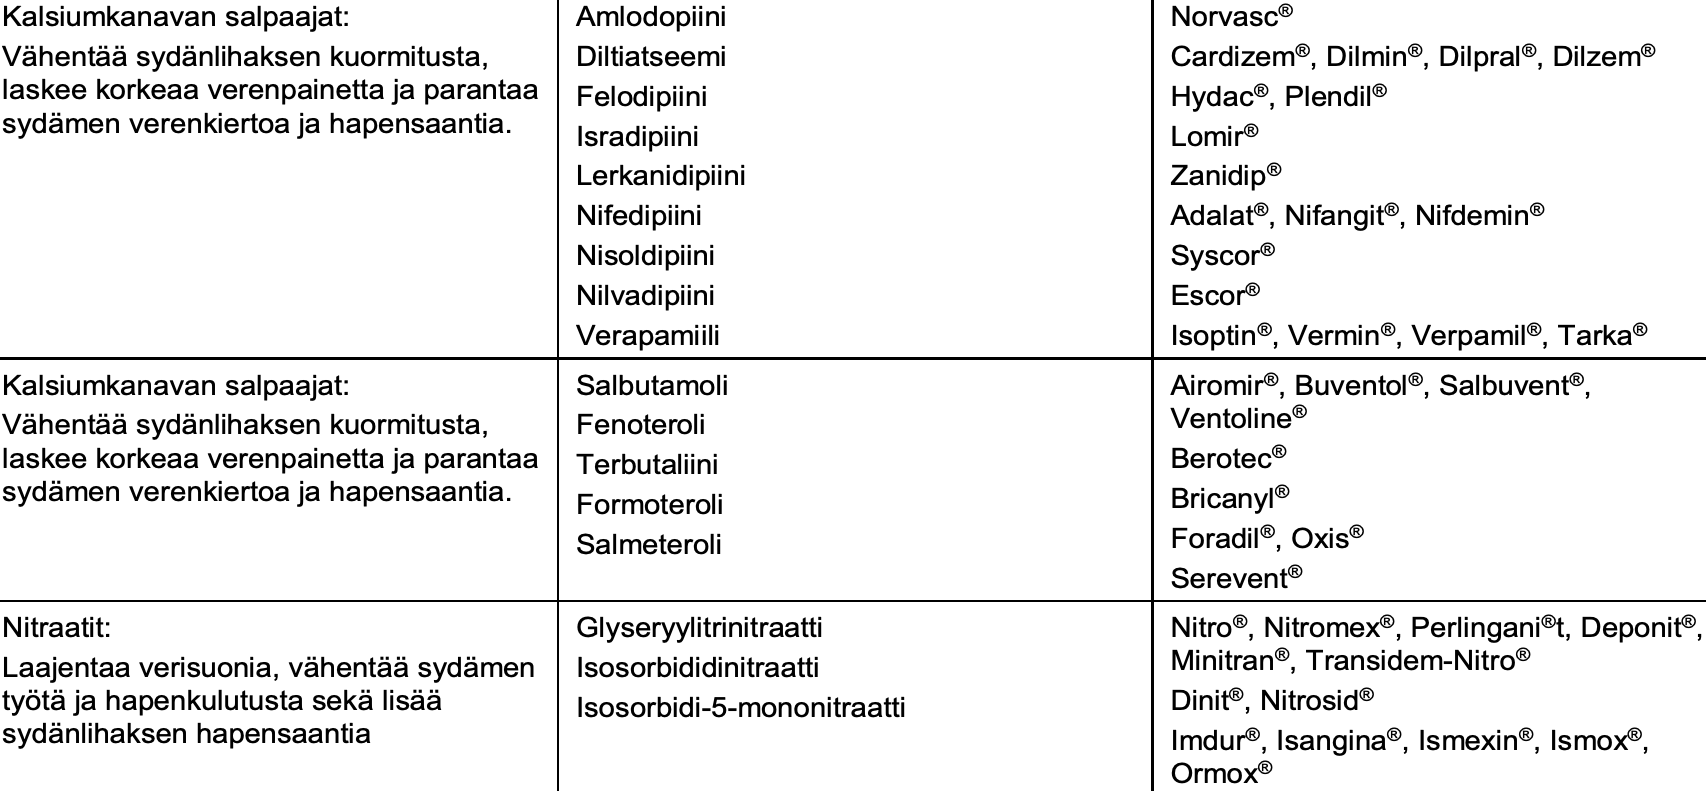
Kalsiumkanavan salpaajat: Amlodopiini  Norvasc® Vähentääsydänlihaksen kuormitusta, Diltiatseemi Cardizem®, Dilmin®, Dilpral®, Dilzem® laskee korkeaa verenpainetta ja parantaa Felodipiini Hydac®, Plendil® sydämen verenkiertoa ja hapensaantia. Isradipiini Lomir® Lerkanidipiini      Zanidip® Nifedipiini         Adalat®, Nifangit®, Nifdemin® Nisoldipiini        Syscor® Nilvadipiini        Escor® Verapamiili         Isoptin®, Vermin®, Verpamil®, Tarka® Kalsiumkanavan salpaajat: Salbutamoli  Airomir®, Buventol®, Salbuvent®, Vähentääsydänlihaksen kuormitusta, Fenoteroli Ventoline® laskee korkeaa verenpainetta ja parantaa Terbutaliini Berotec® sydämen verenkiertoa ja hapensaantia. Formoteroli Bricanyl® Salmeteroli         Foradil®, Oxis® Serevent® Nitraatit:         Glyseryylitrinitraatti Nitro®, Nitromex®, Perlingani®t, Deponit®, Laajentaa verisuonia, vähentääsydämen Isosorbididinitraatti Minitran®, Transidem-Nitro® työtäja hapenkulutusta sekälisää Isosorbidi-5-mononitraatti Dinit®, Nitrosid® sydänlihaksen hapensaantia             Imdur®, Isangina®, Ismexin®, Ismox®, Ormox®